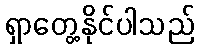
ရှာတွေ့နိုင်ပါသည်